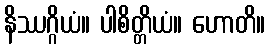
နိဿဂ္ဂိယံ။ ပါစိတ္တိယံ။ ဟောတိ။